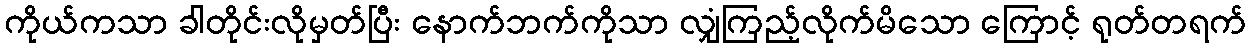
ကိုယ်ကသာ ခါတိုင်းလိုမှတ်ပြီး နောက်ဘက်ကိုသာ လျှံကြည့်လိုက်မိသော ကြောင့် ရုတ်တရက်